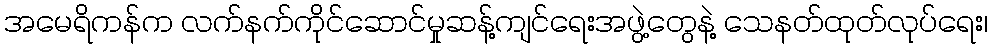
အမေရိကန်က လက်နက်ကိုင်ဆောင်မှုဆန့်ကျင်ရေးအဖွဲ့တွေနဲ့ သေနတ်ထုတ်လုပ်ရေး၊